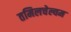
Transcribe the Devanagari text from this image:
तमिलचेल्वम